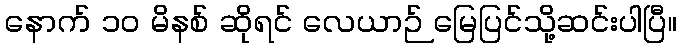
နောက် ၁၀ မိနစ် ဆိုရင် လေယာဉ် မြေပြင်သို့ဆင်းပါပြီ။